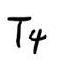
$T_{4}$